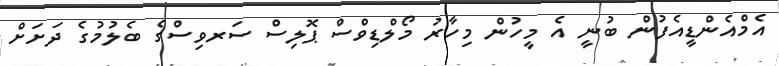
އެމްއެންޑީއެފުން ބުނީ އެ މީހުން މިހާރު މޯލްޑިވްސް ޕޮލިސް ސަރވިސްގެ ބެލުމުގެ ދަށަށް